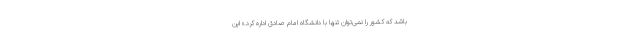
باشد که کشور را نمی‌توان تنها با دانشگاه امام صادق اداره کرد.» این